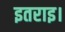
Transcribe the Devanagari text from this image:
इतराइ।